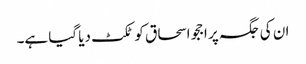
ان کی جگہ پر اججو اسحاق کو ٹکٹ دیا گیا ہے۔